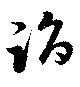
詣